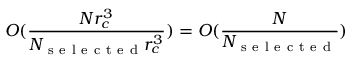
O ( \frac { N r _ { c } ^ { 3 } } { N _ { \mathrm { ~ s ~ e ~ l ~ e ~ c ~ t ~ e ~ d ~ } } r _ { c } ^ { 3 } } ) = O ( \frac { N } { N _ { \mathrm { ~ s ~ e ~ l ~ e ~ c ~ t ~ e ~ d ~ } } } )